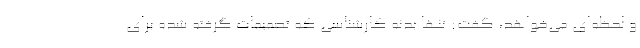
و لحظه‌ای می‌خواهد، گفت: تنها بدنه کارشناسی که تصمیمات گرفته شده برای